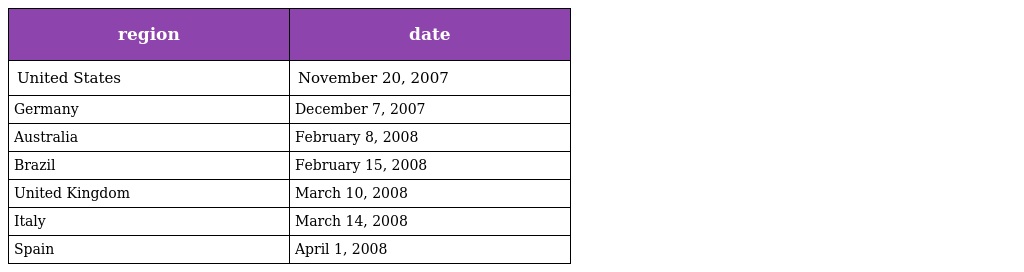
| region | date |
 | --- | --- |
 | United States | November 20, 2007 |
 | Germany | December 7, 2007 |
 | Australia | February 8, 2008 |
 | Brazil | February 15, 2008 |
 | United Kingdom | March 10, 2008 |
 | Italy | March 14, 2008 |
 | Spain | April 1, 2008 |